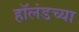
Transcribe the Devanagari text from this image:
हॉलंडच्या